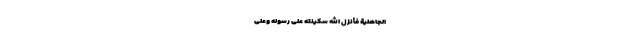
الْجَاهِلِيَّةِ فَأَنْزَلَ اللَّهُ سَكِينَتَهُ عَلَى رَسُولِهِ وَعَلَى